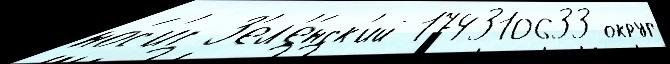
но́с'ит З'ел'е́нск'ий 174310633 округ